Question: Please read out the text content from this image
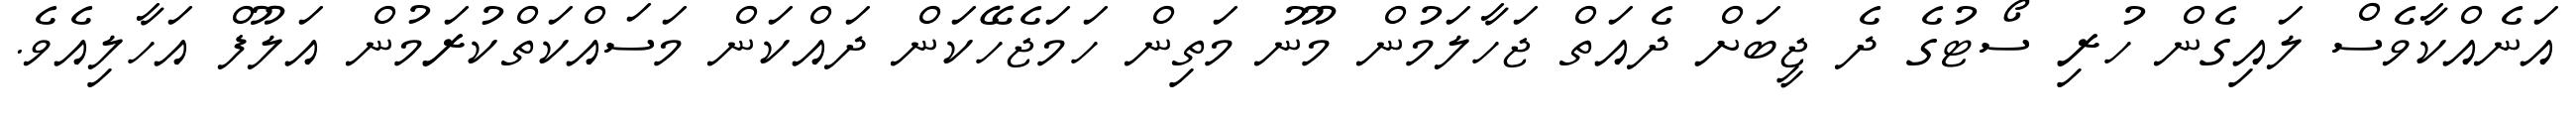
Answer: އަނެއްކާވެސް ލައިގެން ހުރި ސޯޓުގެ ދެ ޖީބަށް ދެއަތް ޖަހާލަމުން މޫނު މަތިން ހަމަޖެހޭކަން ދައްކަން މަސައްކަތްކުރަމުން އަލޫފް އަހާލިއެވެ.